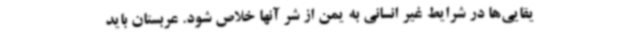
یقایی‌ها در شرایط غیر انسانی به یمن از شر آنها خلاص شود. عربستان باید